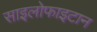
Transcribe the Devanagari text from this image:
साइलोफाइटान